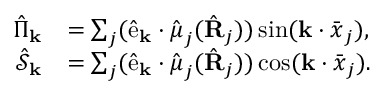
\begin{array} { r l } { \hat { \Pi } _ { \mathbf { k } } } & { = \sum _ { j } ( \hat { \mathrm { e } } _ { \mathbf { k } } \cdot \hat { \boldsymbol \mu } _ { j } ( \hat { \bf R } _ { j } ) ) \sin ( \mathbf { k } \cdot \bar { \boldsymbol x } _ { j } ) , } \\ { \hat { \mathcal { S } } _ { \mathbf { k } } } & { = \sum _ { j } ( \hat { \mathrm { e } } _ { \mathbf { k } } \cdot \hat { \boldsymbol \mu } _ { j } ( \hat { \bf R } _ { j } ) ) \cos ( \mathbf { k } \cdot \bar { \boldsymbol x } _ { j } ) . } \end{array}